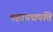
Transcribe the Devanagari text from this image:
महापद्मपति